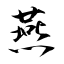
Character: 燕